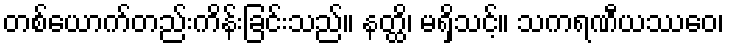
တစ်ယောက်တည်းကိန်းခြင်းသည်။ နတ္ထိ၊ မရှိသင့်။ သကရဏီယဿေဝ၊